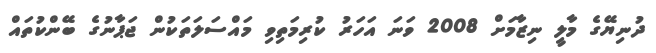
ދުނިޔޭގެ މާލީ ނިޒާމަށް 2008 ވަނަ އަހަރު ކުރިމަތިވި މައްސަލަތަކުން ޖަޕާނުގެ ބޭންކުތައް